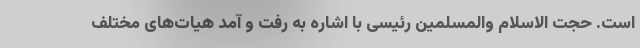
است. حجت الاسلام والمسلمین رئیسی با اشاره به رفت و آمد هیات‌های مختلف